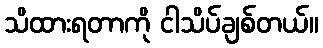
သိထားရတာကို ငါသိပ်ချစ်တယ်။